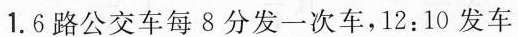
1. 6路公交车每8分发一次车，12:10发车